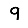
Digit: 9